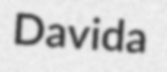
Davida